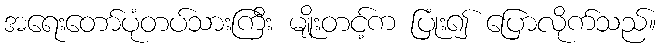
အရေးတော်ပုံတပ်သားကြီး မျိုးတင့်က ပြုံး၍ ပြောလိုက်သည်။